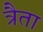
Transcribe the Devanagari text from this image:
त्रैता